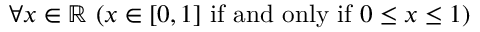
\forall x \in \mathbb { R } \ ( x \in [ 0 , 1 ] { \mathrm { ~ i f ~ a n d ~ o n l y ~ i f ~ } } 0 \leq x \leq 1 )